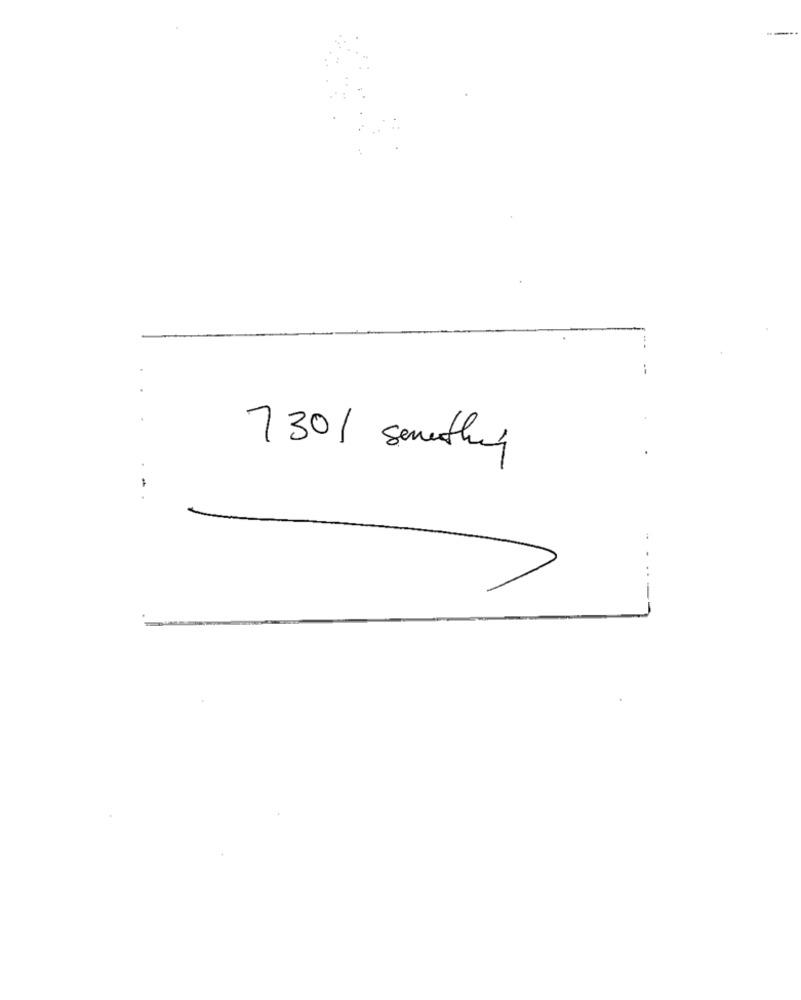
730/ semthey